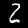
Digit: 2